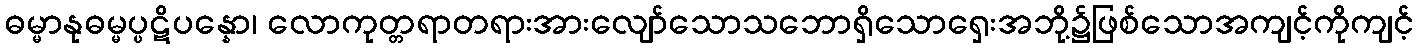
ဓမ္မာနုဓမ္မပ္ပဋိပန္နော၊ လောကုတ္တရာတရားအားလျော်သောသဘောရှိသောရှေးအဘို့၌ဖြစ်သောအကျင့်ကိုကျင့်